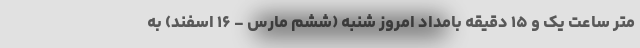
متر ساعت یک و ۱۵ دقیقه بامداد امروز شنبه (ششم مارس - ۱۶ اسفند) به